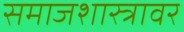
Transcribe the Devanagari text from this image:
समाजशास्त्रावर